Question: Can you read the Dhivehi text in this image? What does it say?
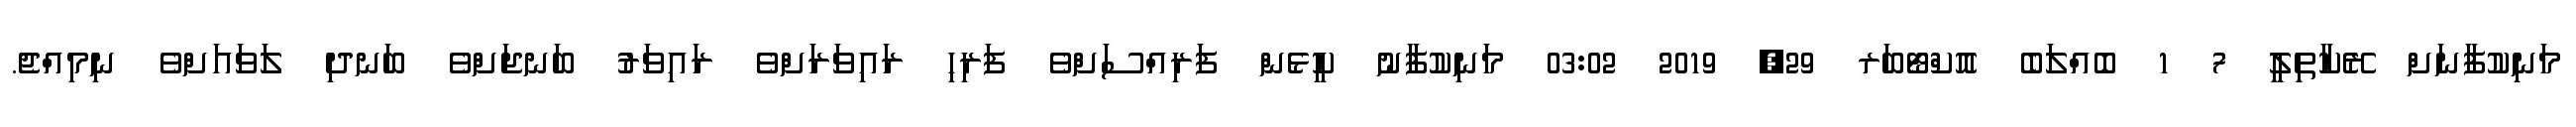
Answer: މަނިކުފާނަށް ރޭކާތިިލީީ 7 1 ބޮއްލަބެ އޮކްޓޯބަރ 29, 2019 03:02 މަނިކުފާނު ކީޅެން ފަރިއްސަށްވެ ފަރިހި ރައިވަރަށްވެ ރައިވަރު ބަނޖަށްވެ ބަނދި ލަވައަށްވެ ނިމިއްޖެ.